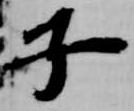
子